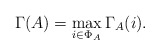
\begin{align*} \Gamma(A)=\max\limits_{i\in \Phi_A}\Gamma_{A}(i). \end{align*}